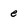
Character: e